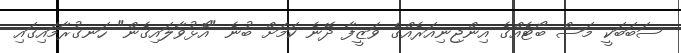
ސަބަބަކީ މަސް ބޯޓެއްގެ އިންޖިނިއަރެއްގެ ވަޒީފާ ދޭނެ ކަމަށް ބުނެ "އޮޅުވާލައިގެން" ހަނގުރާމައިގައި